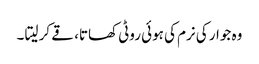
وہ جوار کی نرم کی ہوئی روٹی کھاتا، قے کر لیتا ۔